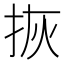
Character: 拻